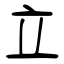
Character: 立